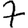
Digit: 7